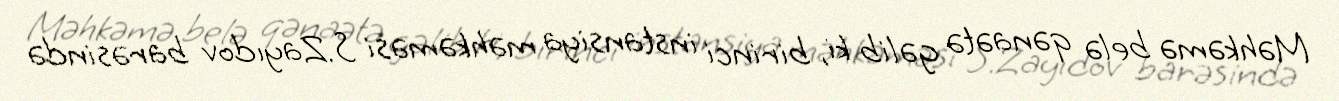
Məhkəmə belə qənaətə gəlib ki, birinci instansiya məhkəməsi S.Zayıdov barəsində